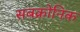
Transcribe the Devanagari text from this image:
सबक्रोनिक